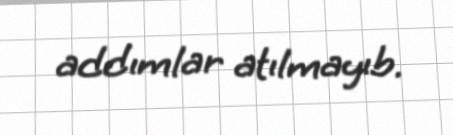
addımlar atılmayıb.